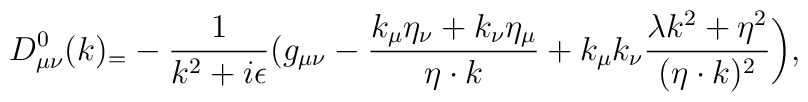
D^0_{\mu\nu}(k)_=-{1\over{k^2+i\epsilon}}\bigl(g_{\mu\nu}-{k_\mu\eta_\nu+k_\nu\eta_\mu\over\eta\cdot k}+k_\mu k_\nu{\lambda  k^2+\eta^2\over{(\eta\cdot k)^2}}\biggr),